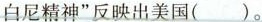
白尼精神”反映出美国()。